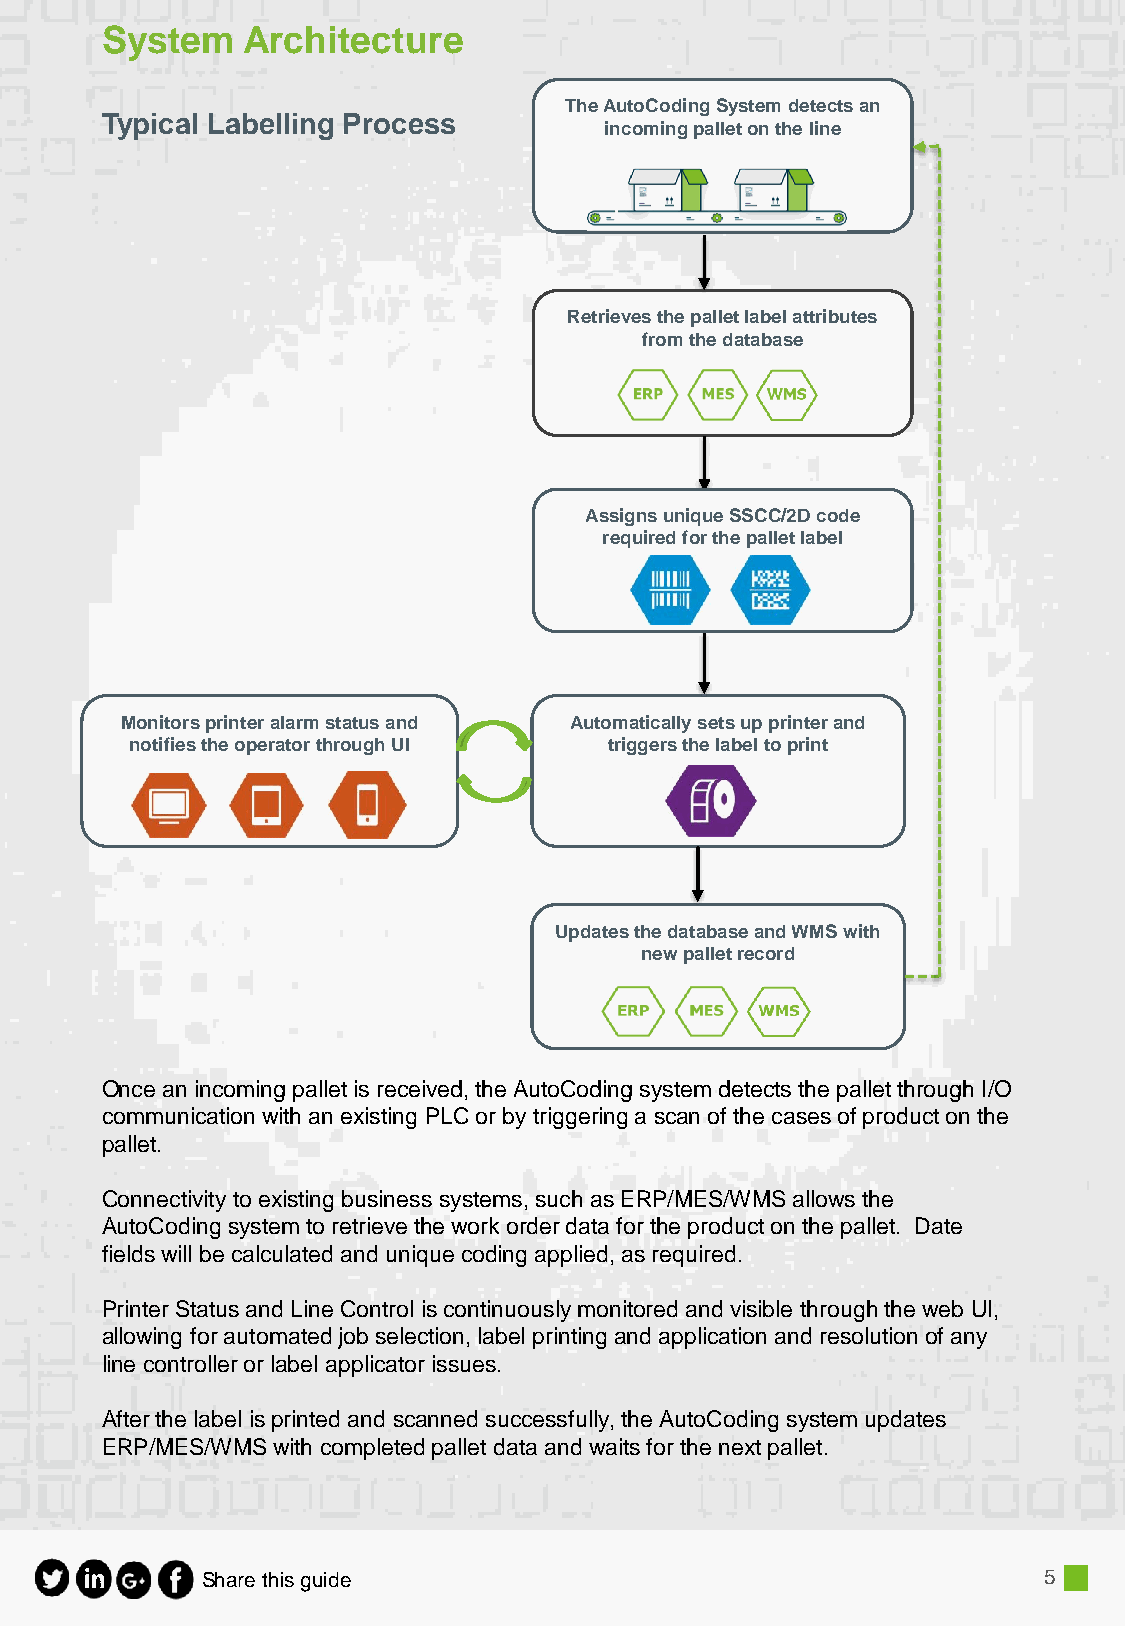
System   Architecture
 The AutoCodingSystem detects an
 Typical Labelling Process
 incoming pallet on the line
 Retrieves the pallet label attributes
 from the database
 Assigns unique SSCC/2D code
 required for the pallet label
 Monitors printer alarm status and Automatically sets up printer and
 notifies the operator through UI triggers the label to print
 Updates the database and WMS with
 new pallet record
 Once an incoming pallet is received, the AutoCoding system detects the pallet through I/O
 communication with an existing PLC or by triggering a scan of the cases of product on the
 pallet.
 Connectivity to existing business systems, such as ERP/MES/WMS allows the
 AutoCoding system to retrieve the work order data for the product on the pallet. Date
 fields will be calculated and unique coding applied, as required.
 Printer Status and Line Control is continuously monitored and visible through the web UI,
 allowing for automated job selection, label printing and application and resolution of any
 line controller or label applicator issues.
 After the label is printed and scanned successfully, the AutoCoding system updates
 ERP/MES/WMS with completed pallet data and waits for the next pallet.
 Share this guide                                        5